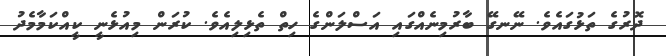
ދޮރުގެ ތަޅުގައެވެ. ނޭނގޭ ބާރުމިނެއްގައި އަސްލަންގެ ހިތް ތެޅިލިއެވެ. ކުރަން މިއުޅެނީ ކީއްކަމާމެދު